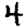
Digit: 4